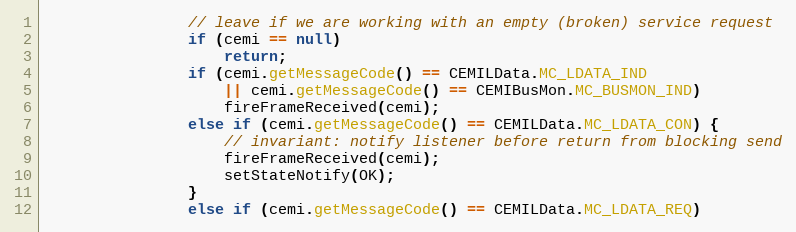
Language: Java
				// leave if we are working with an empty (broken) service request
				if (cemi == null)
					return;
				if (cemi.getMessageCode() == CEMILData.MC_LDATA_IND
					|| cemi.getMessageCode() == CEMIBusMon.MC_BUSMON_IND)
					fireFrameReceived(cemi);
				else if (cemi.getMessageCode() == CEMILData.MC_LDATA_CON) {
					// invariant: notify listener before return from blocking send
					fireFrameReceived(cemi);
					setStateNotify(OK);
				}
				else if (cemi.getMessageCode() == CEMILData.MC_LDATA_REQ)